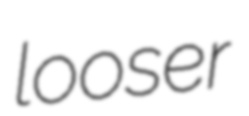
looser